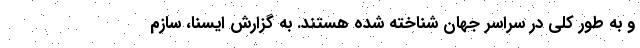
و به طور کلی در سراسر جهان شناخته شده هستند. به گزارش ایسنا، سازم